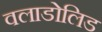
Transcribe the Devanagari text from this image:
वलाडोलिड